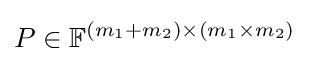
P\in \mathbb {F} ^{(m_{1}+m_{2})\times (m_{1}\times m_{2})}